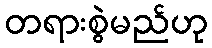
တရားစွဲမည်ဟု